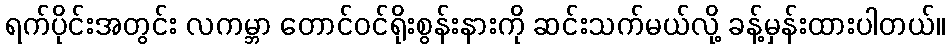
ရက်ပိုင်းအတွင်း လကမ္ဘာ တောင်ဝင်ရိုးစွန်းနားကို ဆင်းသက်မယ်လို့ ခန့်မှန်းထားပါတယ်။